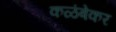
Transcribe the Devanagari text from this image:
कळंबेकर